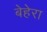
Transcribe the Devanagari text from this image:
बेहेरा